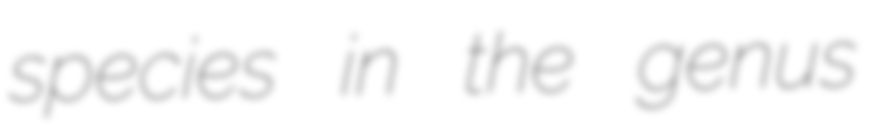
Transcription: species in the genus